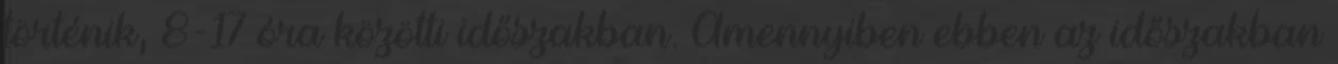
történik, 8-17 óra közötti időszakban. Amennyiben ebben az időszakban